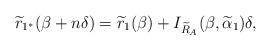
LaTeX: \begin{align*}\widetilde{r}_{1^{*}}(\beta+n\delta)=\widetilde{r}_{1}(\beta)+I_{\widetilde{R}_A}(\beta, \widetilde{\alpha}_{1})\delta,\end{align*}